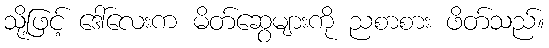
သို့ဖြင့် ဒေါ်လေးက မိတ်ဆွေများကို ညစာစား ဖိတ်သည်။